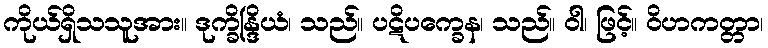
ကိုယ်ရှိသသူအား။ ဒုက္ခိန္ဒြိယံ၊ သည်။ ပဋိပက္ခေန၊ သည်။ ဝါ၊ ဖြင့်။ ဝိဟကတ္တာ၊